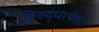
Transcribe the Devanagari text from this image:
विरुद्धार्थता